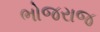
ભોજરાજ